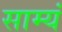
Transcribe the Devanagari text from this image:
साम्यं